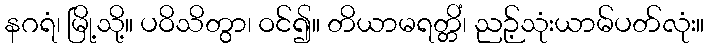
နဂရံ၊ မြို့သို့။ ပဝိသိတွာ၊ ဝင်၍။ တိယာမရတ္တိံ၊ ညဉ့်သုံးယာမ်ပတ်လုံး။